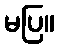
မပြ။